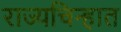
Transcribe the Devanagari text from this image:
राज्यचिन्हात